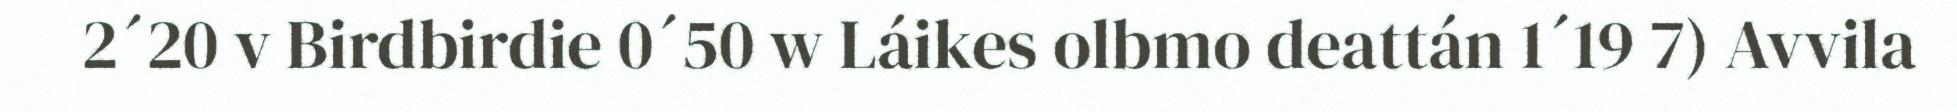
2´20 v Birdbirdie 0´50 w Láikes olbmo deattán 1´19 7) Avvila